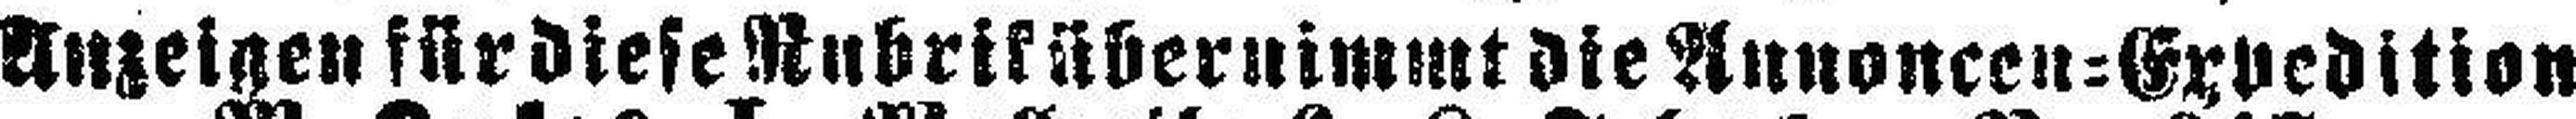
Anzeigen für diese Rubrik übernimmt die Annoncen=Expedition